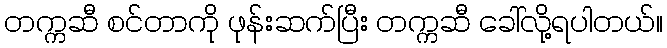
တက္ကဆီ စင်တာကို ဖုန်းဆက်ပြီး တက္ကဆီ ခေါ်လို့ရပါတယ်။